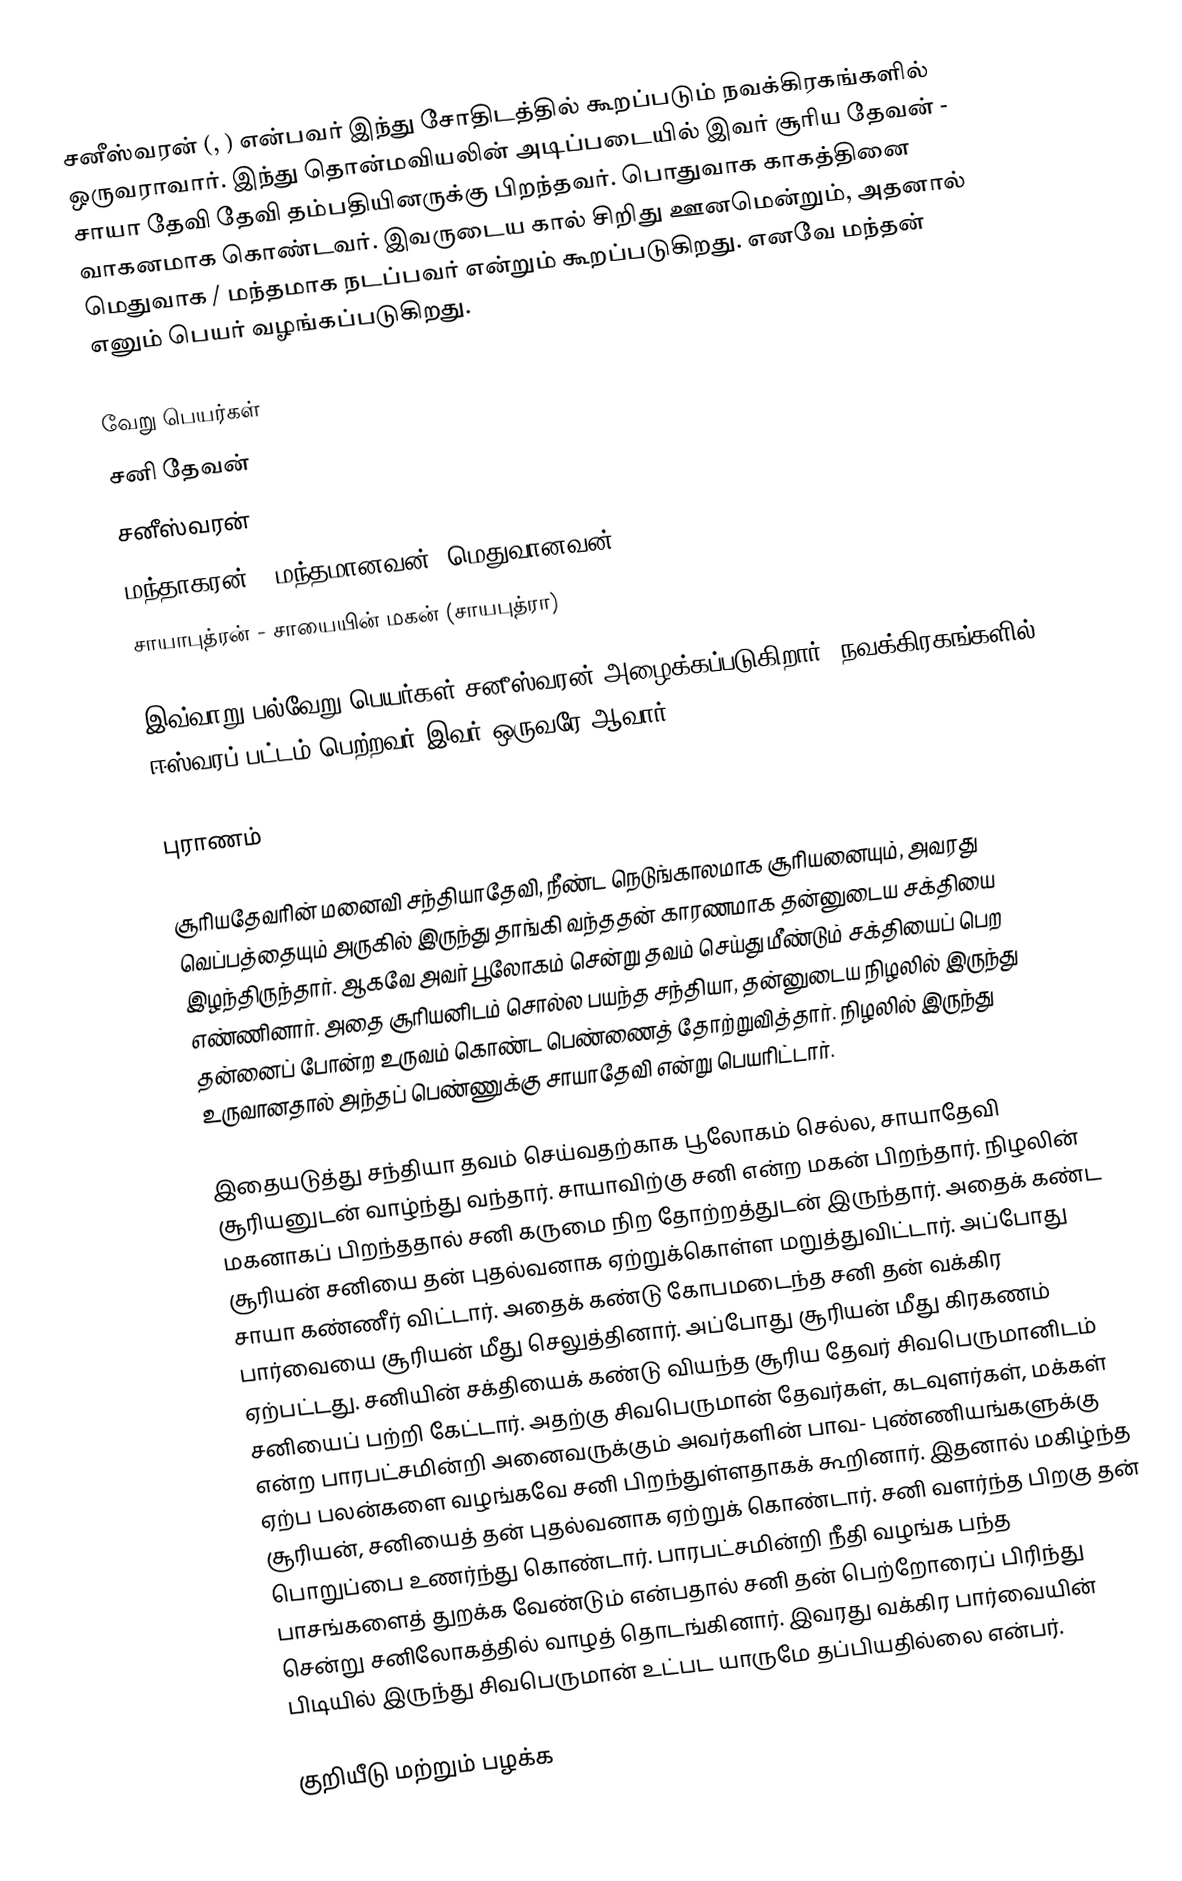
சனீஸ்வரன் (, ) என்பவர் இந்து சோதிடத்தில் கூறப்படும் நவக்கிரகங்களில் ஒருவராவார். இந்து தொன்மவியலின் அடிப்படையில் இவர் சூரிய தேவன் - சாயா தேவி தேவி தம்பதியினருக்கு பிறந்தவர். பொதுவாக காகத்தினை வாகனமாக கொண்டவர். இவருடைய கால் சிறிது ஊனமென்றும், அதனால் மெதுவாக / மந்தமாக நடப்பவர் என்றும் கூறப்படுகிறது. எனவே மந்தன் எனும் பெயர் வழங்கப்படுகிறது.

வேறு பெயர்கள்
 சனி தேவன்
 சனீஸ்வரன்
 மந்தாகரன் - மந்தமானவன் (மெதுவானவன்)
 சாயாபுத்ரன் - சாயையின் மகன் (சாயபுத்ரா)

இவ்வாறு பல்வேறு பெயர்கள் சனீஸ்வரன் அழைக்கப்படுகிறார். நவக்கிரகங்களில் ஈஸ்வரப் பட்டம் பெற்றவர் இவர் ஒருவரே ஆவார்.

புராணம்

சூரியதேவரின் மனைவி சந்தியாதேவி, நீண்ட நெடுங்காலமாக சூரியனையும், அவரது வெப்பத்தையும் அருகில் இருந்து தாங்கி வந்ததன் காரணமாக தன்னுடைய சக்தியை இழந்திருந்தார். ஆகவே அவர் பூலோகம் சென்று தவம் செய்து மீண்டும் சக்தியைப் பெற எண்ணினார். அதை சூரியனிடம் சொல்ல பயந்த சந்தியா, தன்னுடைய நிழலில் இருந்து தன்னைப் போன்ற உருவம் கொண்ட பெண்ணைத் தோற்றுவித்தார். நிழலில் இருந்து உருவானதால் அந்தப் பெண்ணுக்கு சாயாதேவி என்று பெயரிட்டார்.

இதையடுத்து சந்தியா தவம் செய்வதற்காக பூலோகம் செல்ல, சாயாதேவி சூரியனுடன் வாழ்ந்து வந்தார். சாயாவிற்கு சனி என்ற மகன் பிறந்தார். நிழலின் மகனாகப் பிறந்ததால் சனி கருமை நிற தோற்றத்துடன் இருந்தார். அதைக் கண்ட சூரியன் சனியை தன் புதல்வனாக ஏற்றுக்கொள்ள மறுத்துவிட்டார். அப்போது சாயா கண்ணீர் விட்டார். அதைக் கண்டு கோபமடைந்த சனி தன் வக்கிர பார்வையை சூரியன் மீது செலுத்தினார். அப்போது சூரியன் மீது கிரகணம் ஏற்பட்டது. சனியின் சக்தியைக் கண்டு வியந்த சூரிய தேவர் சிவபெருமானிடம் சனியைப் பற்றி கேட்டார். அதற்கு சிவபெருமான் தேவர்கள், கடவுளர்கள், மக்கள் என்ற பாரபட்சமின்றி அனைவருக்கும் அவர்களின் பாவ- புண்ணியங்களுக்கு ஏற்ப பலன்களை வழங்கவே சனி பிறந்துள்ளதாகக் கூறினார். இதனால் மகிழ்ந்த சூரியன், சனியைத் தன் புதல்வனாக ஏற்றுக் கொண்டார். சனி வளர்ந்த பிறகு தன் பொறுப்பை உணர்ந்து கொண்டார். பாரபட்சமின்றி நீதி வழங்க பந்த பாசங்களைத் துறக்க வேண்டும் என்பதால் சனி தன் பெற்றோரைப் பிரிந்து சென்று சனிலோகத்தில் வாழத் தொடங்கினார். இவரது வக்கிர பார்வையின் பிடியில் இருந்து சிவபெருமான் உட்பட யாருமே தப்பியதில்லை என்பர்.

குறியீடு மற்றும் பழக்க